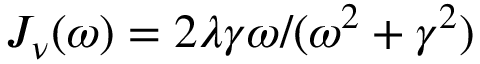
J _ { \nu } ( \omega ) = 2 \lambda \gamma \omega / ( \omega ^ { 2 } + \gamma ^ { 2 } )